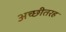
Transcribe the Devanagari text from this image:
अच्छीतरह